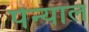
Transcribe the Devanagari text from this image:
पेंन्याल